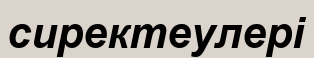
сиректеулері